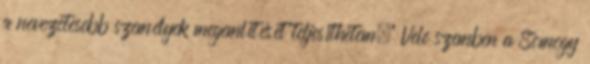
a nevezetesebb személyek megemlítését teljesíthetem." Vele szemben a Somogy